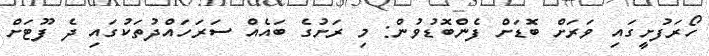
ހޯރަފުށީގައި ވަރަށް ބޮޑަށް ފެންބޮޑުވުން: މި ރަށުގެ ބައެއް ސަރަހައްދުތަކުގައި ދެ ފޫޓަށް